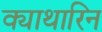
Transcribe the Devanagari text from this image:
क्याथारिन